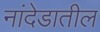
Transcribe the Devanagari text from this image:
नांदेडातील